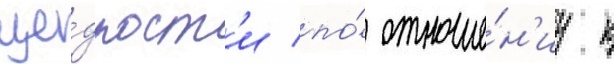
ще́дрост'и по́ отноше́н'иу к